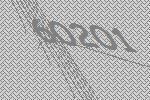
60201